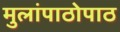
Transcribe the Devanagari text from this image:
मुलांपाठोपाठ